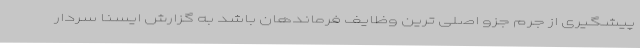
پیشگیری از جرم جزو اصلی ترین وظایف فرماندهان باشد به گزارش ایسنا سردار